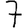
Digit: 7